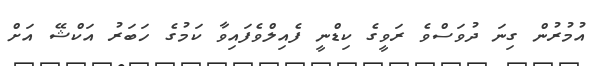
އުމުރުން ގިނަ ދުވަސްވެ ރަވީގެ ކިޑްނީ ފެއިލްވެފައިވާ ކަމުގެ ހަބަރު އަކްޝޭ އަށް